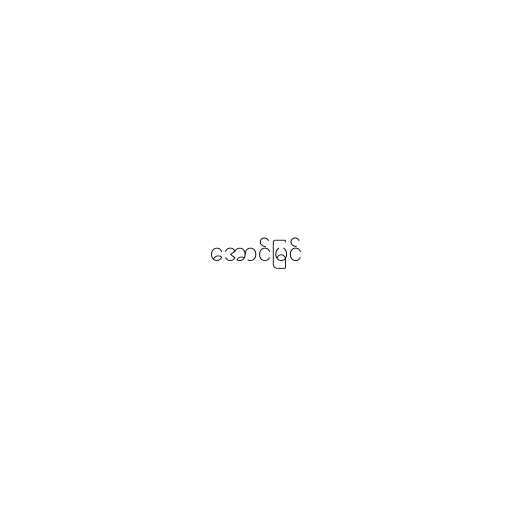
အောင်မြင်